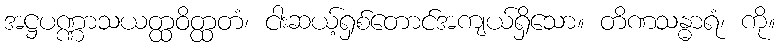
အဋ္ဌပဏ္ဏာသယတ္ထဝိတ္ထတံ၊ ငါးဆယ့်ရှစ်တောင်အကျယ်ရှိသော။ တိဏသန္ဓာရံ၊ ကို။